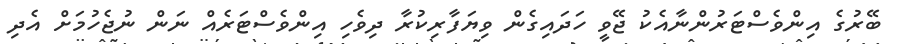
ބޭރުގެ އިންވެސްޓަރުންނާއެކު ޖޭވީ ހަދައިގެން ވިޔަފާރިކުރާ ދިވެހި އިންވެސްޓަރެއް ނަން ނުޖެހުމަށް އެދި